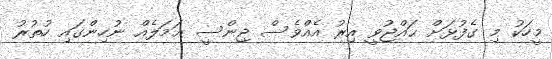
މީހަކު މި ގެފުޅަށް ޙައްޖުވީ އިރު އެއްވެސް ޖިންސީ ޢަމަލެއް ނުހިންގައި ހުތުރު